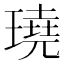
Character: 𤩊